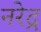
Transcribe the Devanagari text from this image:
नरेद्र